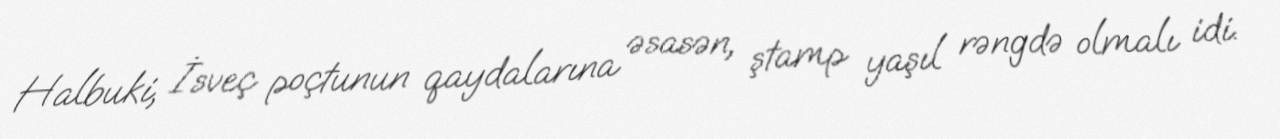
Halbuki, İsveç poçtunun qaydalarına əsasən, ştamp yaşıl rəngdə olmalı idi.